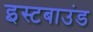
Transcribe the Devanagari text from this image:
इस्टबाउंड